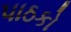
પાઠકો